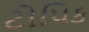
ટોપિક